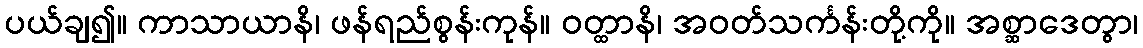
ပယ်ချ၍။ ကာသာယာနိ၊ ဖန်ရည်စွန်းကုန်။ ဝတ္ထာနိ၊ အဝတ်သင်္ကန်းတို့ကို။ အစ္ဆာဒေတွာ၊